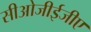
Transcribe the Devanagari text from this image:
सीओजीईजीए